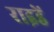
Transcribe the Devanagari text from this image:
राइडें